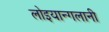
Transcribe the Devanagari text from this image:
लोइयान्गलानी